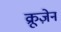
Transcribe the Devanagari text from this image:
क्रूज़ेन